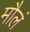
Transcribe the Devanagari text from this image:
मौलं